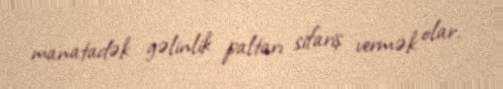
manatadək gəlinlik paltarı sifariş vermək olar.